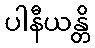
ပါနီယန္တိ